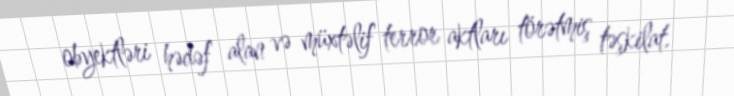
obyektləri hədəf alan və müxtəlif terror aktları törətmiş təşkilat.